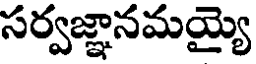
సర్వజ్ఞానమయ్యె